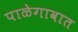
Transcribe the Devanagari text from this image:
पाळेगावात